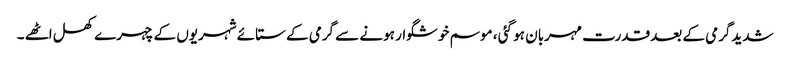
شدیدگرمی کے بعد قدرت مہربان ہو گئی ، موسم خوشگوار ہونے سے گرمی کے ستائے شہریوں کے چہرے کھل اٹھے ۔